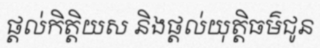
ផ្តល់កិត្តិយស និងផ្តល់យុត្តិធម៌ជូន